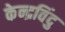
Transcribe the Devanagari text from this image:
केन्द्रविंदु